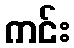
ကင်း